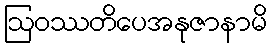
ဩဝဿတိပေအနုဇာနာမိ